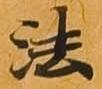
法